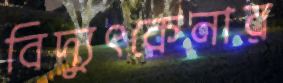
বিদ্যুৎকেনার